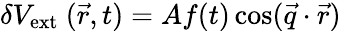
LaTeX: \delta V_{\mathrm{ext}}~(\vec{r},t)=Af(t)\cos(\vec{q}\cdot\vec{r})